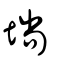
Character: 埫